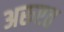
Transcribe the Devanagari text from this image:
अरूएत